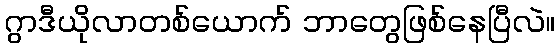
ဂွာဒီယိုလာတစ်ယောက် ဘာတွေဖြစ်နေပြီလဲ။